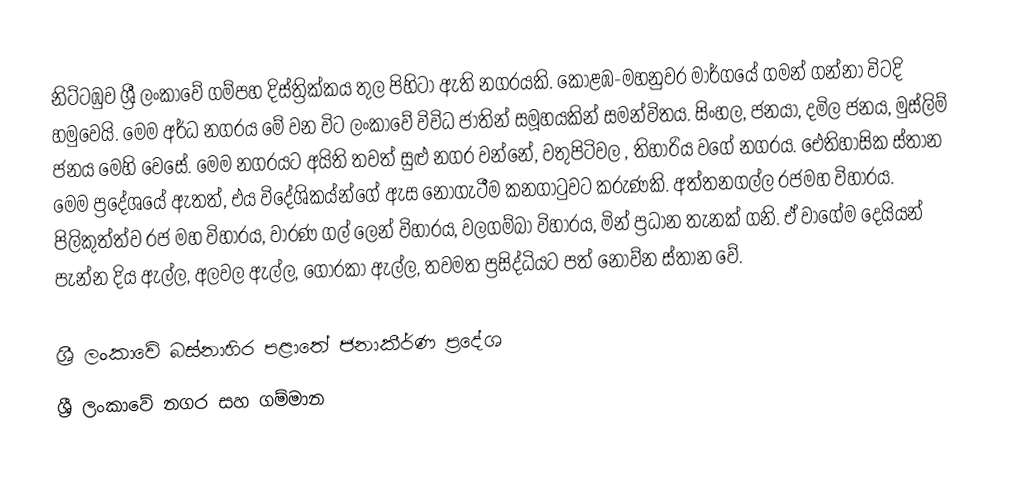
නිට්ටඹුව ශ්‍රී ලංකාවේ ගම්පහ දිස්ත්‍රික්කය තුල පිහිටා ඇති නගරයකි. කොළඹ-මහනුවර මාර්ගයේ ගමන් ගන්නා විටදි හමුවෙයි. මෙම අර්ධ නගරය මේ වන විට ලංකාවේ විවිධ ජාතින් සමූහයකින් සමන්විතය. සිංහල, ජනයා, දමිල ජනය, මුස්ලිම් ජනය මෙහි වෙසේ. මෙම නගරයට අයිති තවත් සුළු නගර වන්නේ, වතුපිටිවල , තිහාරිය වගේ නගරය. ඓතිහාසික ස්තාන මෙම ප්‍රදේශයේ ඇතත්, එය විදේශිකය්න්ගේ ඇස නොගැටීම කනගාටුවට කරුණකි. අත්තනගල්ල රජමහ විහාරය. පිලිකුත්ත්ව රජ මහ විහාරය, වාරණ ගල් ලෙන් විහාරය, වලගම්බා විහාරය, මින් ප්‍රධාන තැනක් ගනි. ඒ වාගේම දෙයියන් පැන්න දිය ඇල්ල, අලවල ඇල්ල, ගොරකා ඇල්ල, තවමත ප්‍රසිද්ධියට පත් නොව්න ස්තාන වේ.

ශ්‍රී ලංකාවේ බස්නාහිර පළාතේ ජනාකීර්ණ ප්‍රදේශ
ශ්‍රී ලංකාවේ නගර සහ ගම්මාන